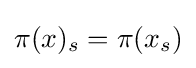
\pi (x)_{s}=\pi (x_{s})